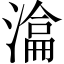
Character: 𣼕